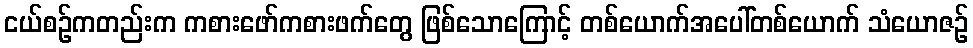
ငယ်စဉ်ကတည်းက ကစားဖော်ကစားဖက်တွေ ဖြစ်သောကြောင့် တစ်ယောက်အပေါ်တစ်ယောက် သံယောဇဉ်